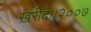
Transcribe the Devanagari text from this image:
ख़रीदा।२००७